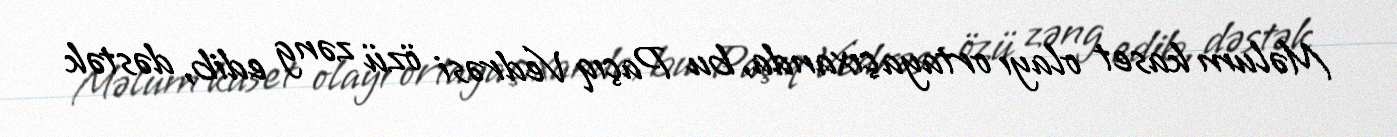
Məlum kaset olayı ortaya çıxanda, bu Paçıq Vedrəsi özü zəng edib, dəstək